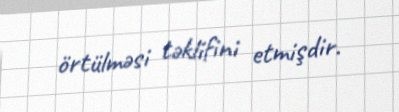
örtülməsi təklifini etmişdir.